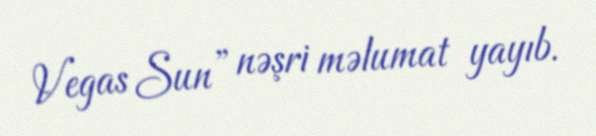
Vegas Sun” nəşri məlumat yayıb.